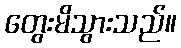
တွေးမိသွားသည်။